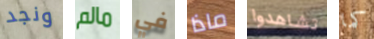
ونجد مالم في ماذا تشاهدوا كما